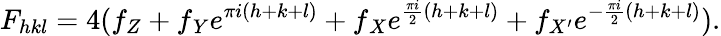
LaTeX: F_{hkl}=4(f_{Z}+f{_Y}e^{{\pi}i(h+k+l)}+f{_X}e^{\frac{{\pi}i}{2}(h+k+l)}+f_{X^{\prime}}e^{-\frac{{\pi}i}{2}(h+k+l)}).